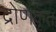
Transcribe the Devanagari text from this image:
द्रोणकृत